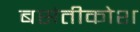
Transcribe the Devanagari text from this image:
बसंतीकोश